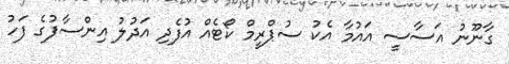
ގާނޫނު އަސާސީ އައުމާ އެކު ސުޕްރީމް ކޯޓެއް އުފެދި އަދުލު އިންސާފުގެ ފަހު